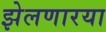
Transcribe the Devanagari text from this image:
झेलणारया